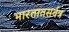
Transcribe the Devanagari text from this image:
भारतातसर्वत्र